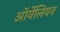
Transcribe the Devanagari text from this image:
ऑर्वेलियन